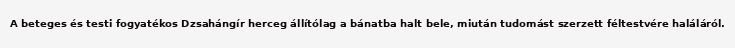
A beteges és testi fogyatékos Dzsahángír herceg állítólag a bánatba halt bele, miután tudomást szerzett féltestvére haláláról.